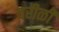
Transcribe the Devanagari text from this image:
वरीळी